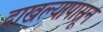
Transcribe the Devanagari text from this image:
दाखल्यापासून